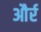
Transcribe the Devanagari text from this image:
और्र